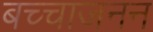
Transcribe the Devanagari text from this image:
बच्चाजनन